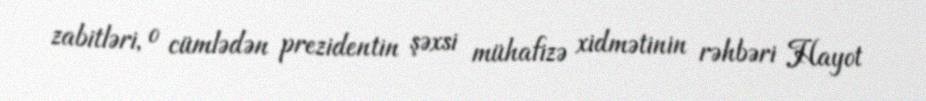
zabitləri, o cümlədən prezidentin şəxsi mühafizə xidmətinin rəhbəri Hayot